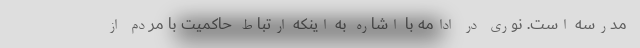
مدرسه است. نوری در ادامه با اشاره به اینکه ارتباط حاکمیت با مردم از